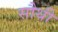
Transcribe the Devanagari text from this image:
सौथी